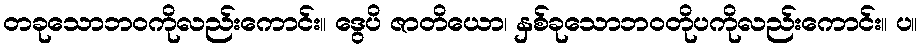
တခုသောဘဝကိုလည်းကောင်း။ ဒွေပိ ဇာတိယော၊ နှစ်ခုသောဘဝတိုပကိုလည်းကောင်း။ ပ။